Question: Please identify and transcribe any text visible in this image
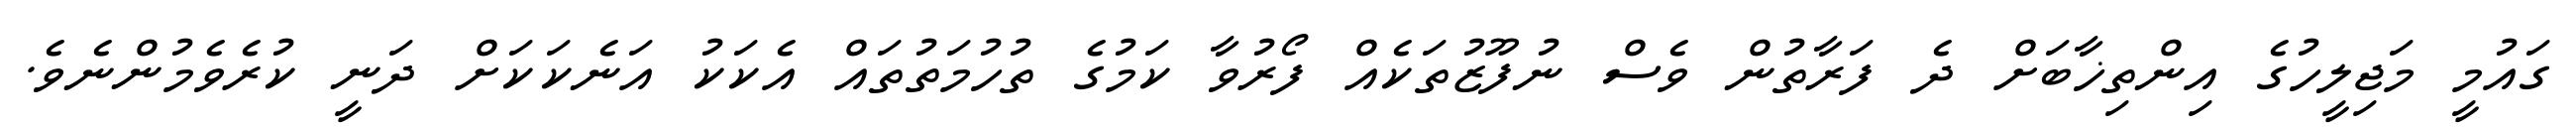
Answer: ގައުމީ މަޖިލީހުގެ އިންތިޚާބަށް ދެ ފަރާތުން ވެސް ނުފޫޒުތަކެއް ފޯރުވާ ކަމުގެ ތުހުމަތުތައް އެކަކު އަނެކަކަށް ދަނީ ކުރެވެމުންނެވެ.